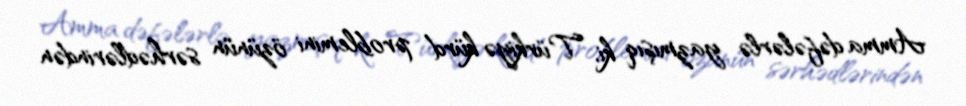
Amma dəfələrlə yazmışıq ki, Türkiyə kürd problemini özünün sərhədlərindən